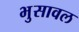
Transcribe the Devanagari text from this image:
भुुसावल